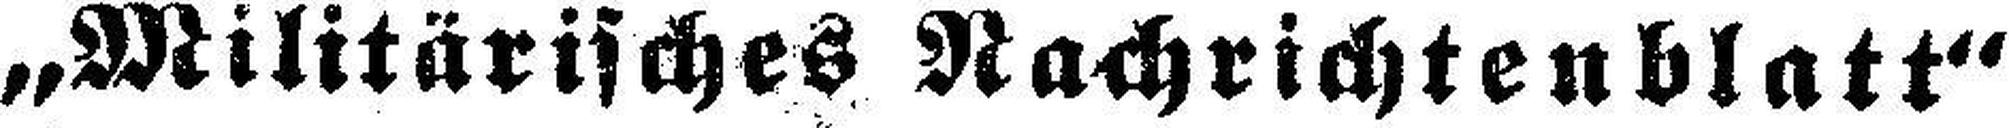
„Militärisches Nachrichtenblatt“